Vaccination in Bombay 1863-1868 - 1863-1868
Year: 1863
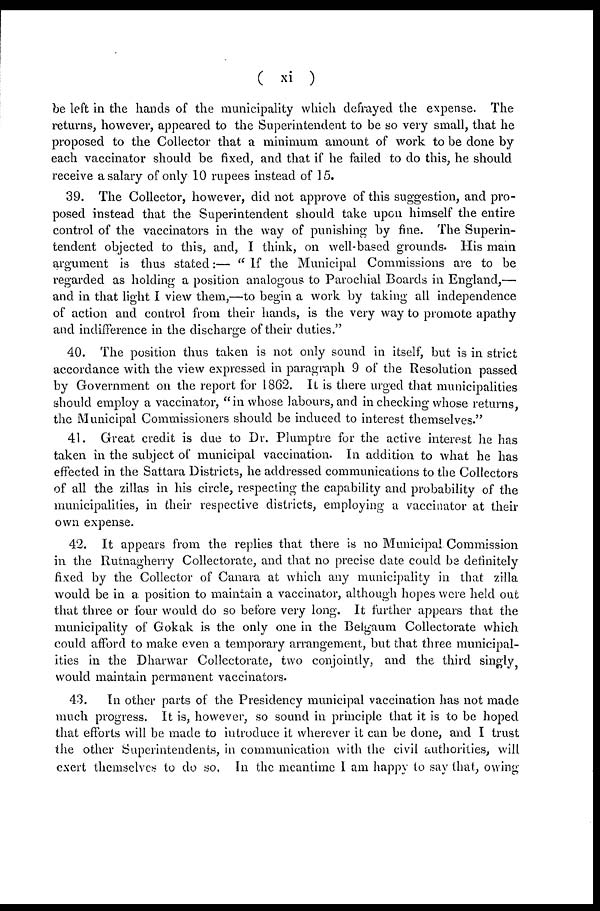
( xi )
be left in the hands of the municipality which defrayed the expense. The
returns, however, appeared to the Superintendent to be so very small, that he
proposed to the Collector that a minimum amount of work to be done by
each vaccinator should be fixed, and that if he failed to do this, he should
receive a salary of only 10 rupees instead of 15.
39. The Collector, however, did not approve of this suggestion, and pro-
posed instead that the Superintendent should take upon himself the entire
control of the vaccinators in the way of punishing by fine. The Superin-
tendent objected to this, and, I think, on well-based grounds. His main
argument is thus stated:— " If the Municipal Commissions are to be
regarded as holding a position analogous to Parochial Boards in England,—
and in that light I view them,—to begin a work by taking all independence
of action and control from their hands, is the very way to promote apathy
and indifference in the discharge of their duties."
40. The position thus taken is not only sound in itself, but is in strict
accordance with the view expressed in paragraph 9 of the Resolution passed
by Government on the report for 1862. It is there urged that municipalities
should employ a vaccinator, "in whose labours, and in checking whose returns,
the Municipal Commissioners should be induced to interest themselves."
41. Great credit is due to Dr. Plumptre for the active interest he has
taken in the subject of municipal vaccination. In addition to what he has
effected in the Sattara Districts, he addressed communications to the Collectors
of all the zillas in his circle, respecting the capability and probability of the
municipalities, in their respective districts, employing a vaccinator at their
own expense.
42. It appears from the replies that there is no Municipal Commission
in the Rutnagherry Collectorate, and that no precise date could be definitely
fixed by the Collector of Canara at which any municipality in that zilla
would be in a. position to maintain a vaccinator, although hopes were held out
that three or four would do so before very long. It further appears that the
municipality of Gokak is the only one in the Belgaum Collectorate which
could afford to make even a temporary arrangement, but that three municipal-
ities in the Dharwar Collectorate, two conjointly, and the third singly,
would maintain permanent vaccinators.
43.
In other parts of the Presidency municipal vaccination has not made
much progress. It is, however, so sound in principle that it is to be hoped
that efforts will be made to introduce it wherever it can be done, and I trust
the other Superintendents, in communication with the civil authorities, will
exert themselves to do so. In the meantime I am happy to say that, owing